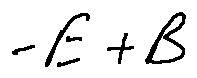
- E + B